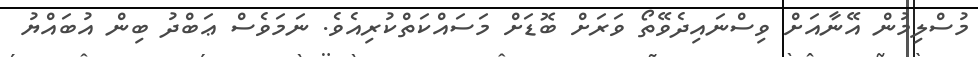
މުސްލިމުން އޭނާއަށް ވިސްނައިދެވޭތޯ ވަރަށް ބޮޑަށް މަސައްކަތްކުރިއެވެ. ނަމަވެސް ޢަބްދު ބިން އުބައްޔު